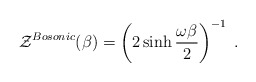
\begin{align*}{\cal Z}^{Bosonic} (\beta) = \left( 2 \sinh {\omega\beta\over 2}\right)^{-1} \;.\end{align*}